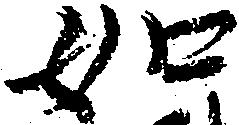
如